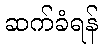
ဆက်ခံရန်